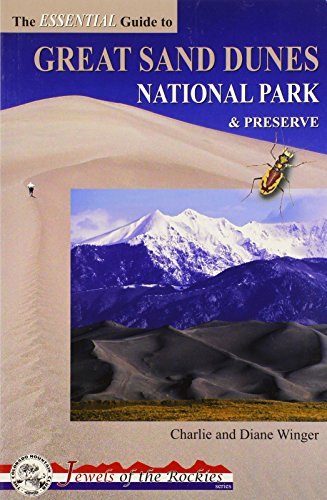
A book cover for The Essential Guide to Great Sand Dunes National Park and Preserve (Jewels of the Rockies); Charlie Winger; Travel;